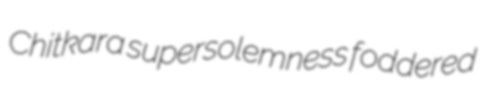
Chitkara supersolemness foddered